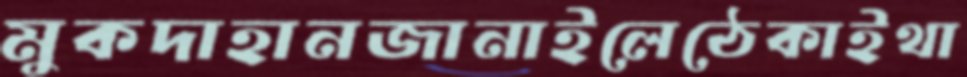
মুকদাহানজানাইলেঠেকাইথা